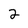
Character: 2